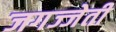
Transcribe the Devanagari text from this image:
जगज्जेती